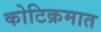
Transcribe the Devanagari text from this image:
कोटिक्रमात